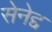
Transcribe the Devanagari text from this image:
सेनेद्द